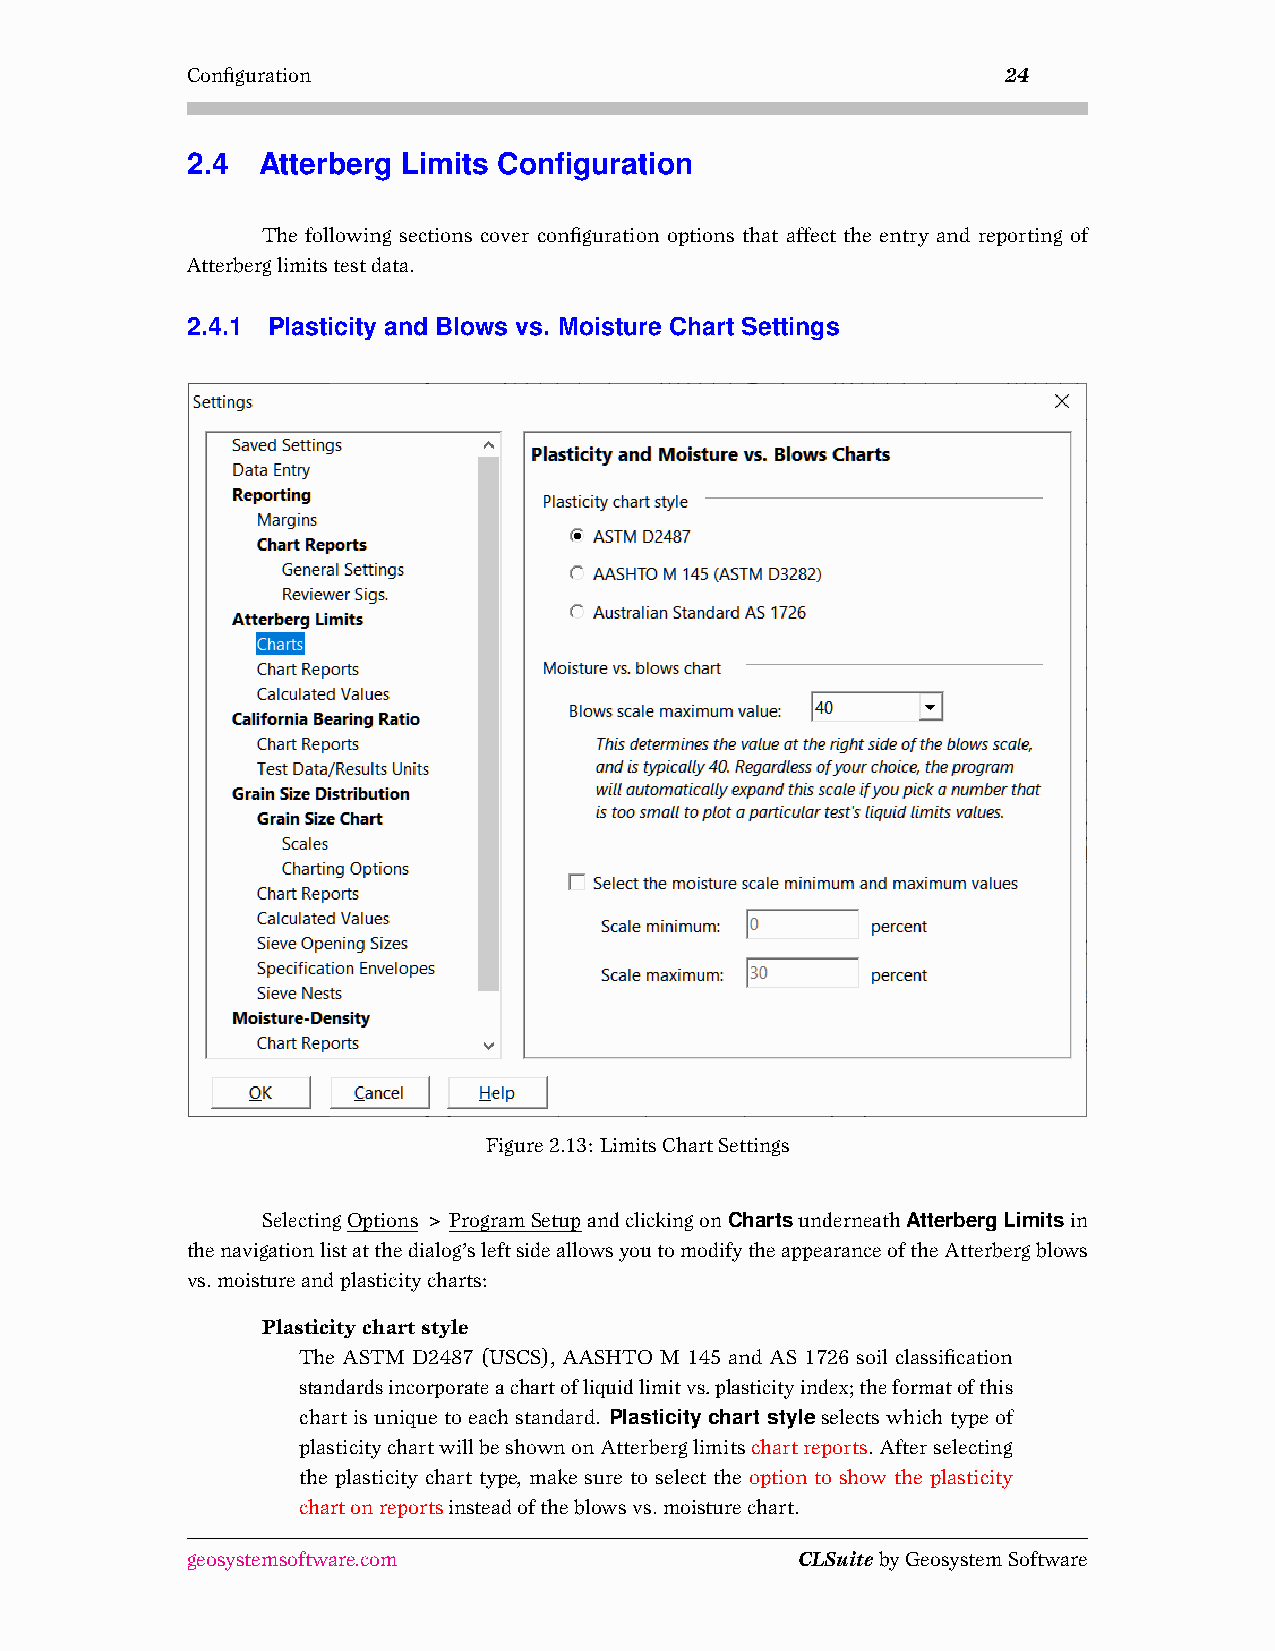
Configuration                                          24
 2.4  Atterberg Limits Configuration
 The following sections cover configuration options that affect the entry and reporting of
 Atterberglimitstestdata.
 2.4.1 Plasticity and Blows vs. Moisture Chart Settings
 Figure2.13: LimitsChartSettings
 SelectingOptions>ProgramSetupandclickingonChartsunderneathAtterbergLimitsin
 thenavigationlistatthedialog’sleftsideallowsyoutomodifytheappearanceoftheAtterbergblows
 vs.moistureandplasticitycharts:
 Plasticitychartstyle
 The ASTM D2487 (USCS), AASHTO M 145 and AS 1726 soil classification
 standardsincorporateachartofliquidlimitvs.plasticityindex;theformatofthis
 chartisuniquetoeachstandard. Plasticity chart styleselectswhichtypeof
 plasticitychartwillbeshownonAtterberglimitschartreports. Afterselecting
 the plasticity chart type, make sure to select the option to show the plasticity
 chartonreportsinsteadoftheblowsvs.moisturechart.
 geosystemsoftware.com                    CLSuitebyGeosystemSoftware